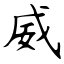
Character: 威